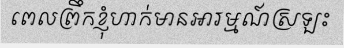
ពេលព្រឹកខ្ញុំហាក់មានអារម្មណ៍ស្រឡះ